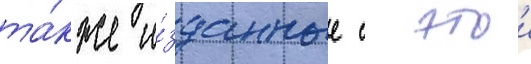
та́кже и́зданные с этои